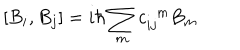
\left[ B _ { i } , B _ { j } \right] = i \hbar \sum _ { m } c _ { i j } ^ { \; \; m } B _ { m }